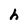
Character: h